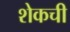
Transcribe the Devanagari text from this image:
शेकची